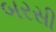
બરસી